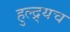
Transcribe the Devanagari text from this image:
हुल्द्र्यच